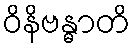
ဝိနိဗန္ဓာတိ